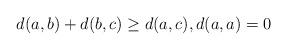
LaTeX: \begin{align*}d(a, b) + d(b, c) \geq d(a, c),d(a, a) = 0\end{align*}